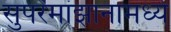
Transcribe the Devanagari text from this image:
सुपरमांझानामध्ये